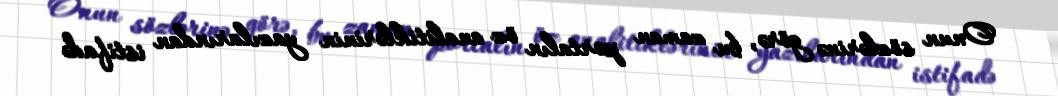
Onun sözlərinə görə, bu zaman portalın öz analitiklərinin yazılarından istifadə